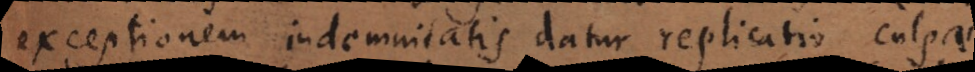
xceptionem indemnitatis datur replicatio culpae.